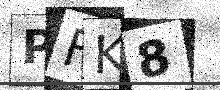
Text: PFK8